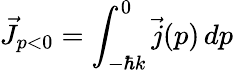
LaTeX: \vec{J}_{p<0}=\int_{-\hbar k}^{0}\vec{j}(p)\, dp